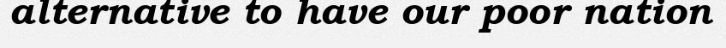
alternative to have our poor nation